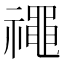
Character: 𥜐